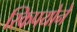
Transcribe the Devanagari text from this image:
स्किपयोने